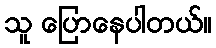
သူ ပြောနေပါတယ်။